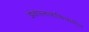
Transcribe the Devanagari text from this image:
झेकोस्लाव्हाकियातील